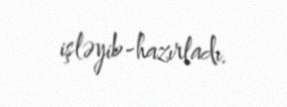
işləyib-hazırladı.